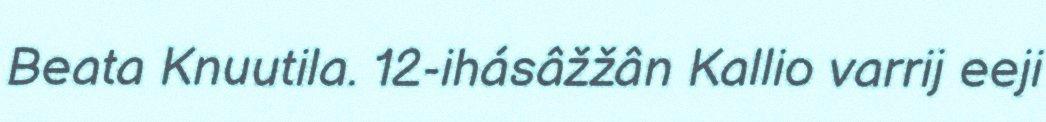
Beata Knuutila. 12-ihásâžžân Kallio varrij eeji